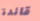
قائدة